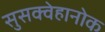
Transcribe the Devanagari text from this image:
सुसक्वेहानोक